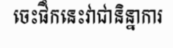
ចេះផឹកនេះវាជានិន្នាការ